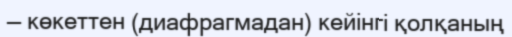
— көкеттен (диафрагмадан) кейінгі қолқаның